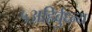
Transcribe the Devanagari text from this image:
५अहिर्बुध्न्य